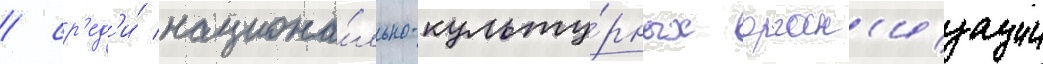
/ ср'ед'и́ национа́льно-культу́рных орган'изации